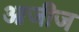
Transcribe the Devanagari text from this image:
आजीज